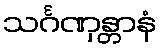
သင်္ဂဏှန္တာနံ